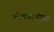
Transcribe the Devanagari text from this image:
मिलवायेगा।